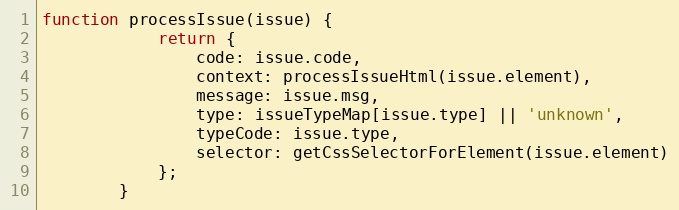
Language: JavaScript
function processIssue(issue) {
			return {
				code: issue.code,
				context: processIssueHtml(issue.element),
				message: issue.msg,
				type: issueTypeMap[issue.type] || 'unknown',
				typeCode: issue.type,
				selector: getCssSelectorForElement(issue.element)
			};
		}